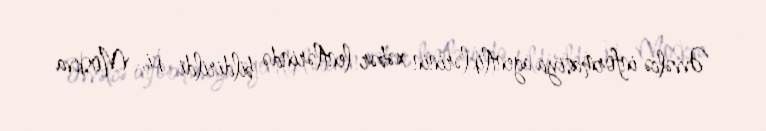
Əvvəlcə informasiya agentliklərinin xəbər lentlərində bildirildi ki, Moskva